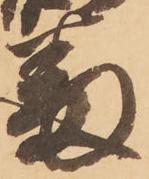
審